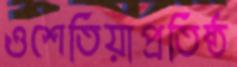
ওশেতিয়াপ্রতিষ্ঠ